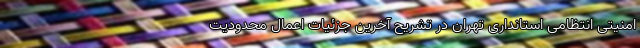
امنیتی انتظامی استانداری تهران در تشریح آخرین جزئیات اعمال محدودیت